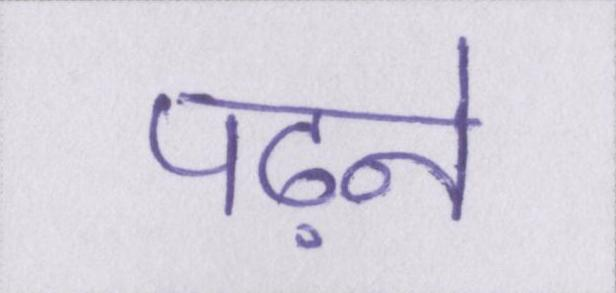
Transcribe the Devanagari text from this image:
पढ़ने